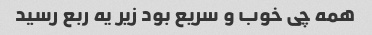
همه چی خوب و سریع بود زیر یه ربع رسید